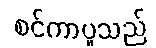
စင်ကာပူသည်